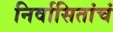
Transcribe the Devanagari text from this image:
निर्वासितांचं